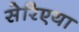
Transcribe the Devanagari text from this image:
सेरिएया